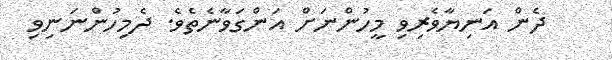
ދެން އަނިޔާވެރިވި މީހުންނަށް އަންގަވާނެތެވެ. ދެމިހުންނަނިވި